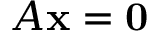
A \mathbf { x } = \mathbf { 0 }